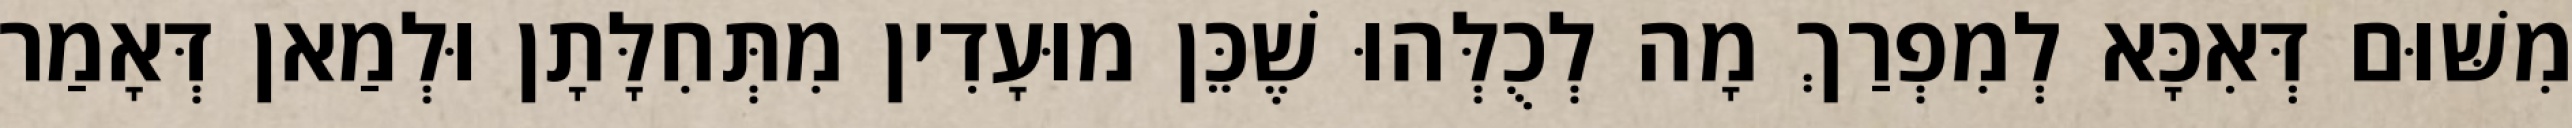
מִשּׁוּם דְּאִכָּא לְמִפְרַךְ מָה לְכֻלְּהוּ שֶׁכֵּן מוּעָדִין מִתְּחִלָּתָן וּלְמַאן דְּאָמַר